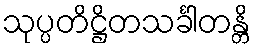
သုပ္ပတိဋ္ဌိတသင်္ခါတန္တိ